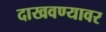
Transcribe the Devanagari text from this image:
दाखवण्यावर